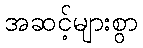
အဆင့်များစွာ